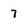
Character: 7